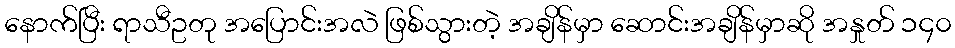
နောက်ပြီး ရာသီဥတု အပြောင်းအလဲ ဖြစ်သွားတဲ့ အချိန်မှာ ဆောင်းအချိန်မှာဆို အနှုတ် ၁၄၀